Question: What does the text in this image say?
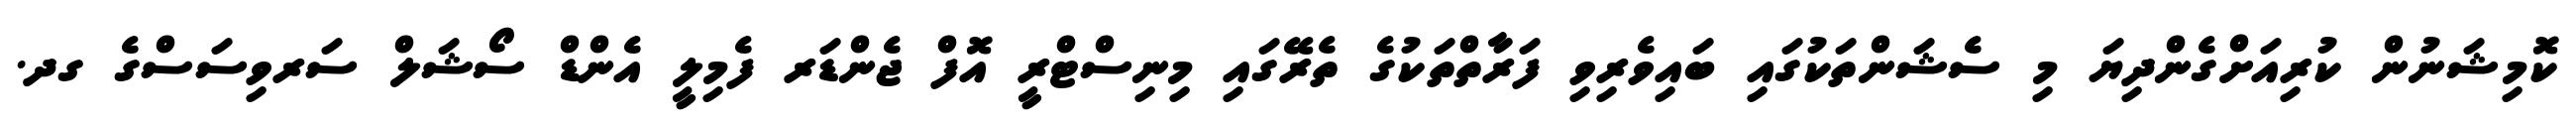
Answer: ކޮމިޝަނުން ކުރިއަށްގެންދިޔަ މި ސެޝަންތަކުގައި ބައިވެރިވި ފަރާތްތަކުގެ ތެރޭގައި މިނިސްޓްރީ އޮފް ޖެންޑަރ ފެމިލީ އެންޑް ސޯޝަލް ސަރވިސަސްގެ ގދ.